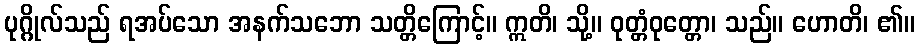
ပုဂ္ဂိုလ်သည် ရအပ်သော အနက်သဘော သတ္တိကြောင့်။ ဣတိ၊ သို့။ ဝုတ္တံဝုတ္တော၊ သည်။ ဟောတိ၊ ၏။